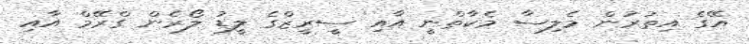
އޭގެ އިތުރުން މެލިސާ މެކާތްނީ އާއި ސީރީޒްގެ ލީޑު ލޯރެން ގްރޭމް އާއި